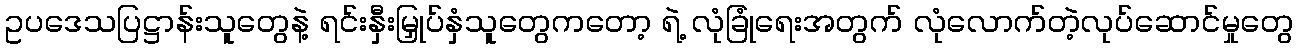
ဥပဒေသပြဋ္ဌာန်းသူတွေနဲ့ ရင်းနှီးမြှုပ်နှံသူတွေကတော့ ရဲ့ လုံခြုံရေးအတွက် လုံလောက်တဲ့လုပ်ဆောင်မှုတွေ